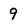
Character: 9